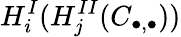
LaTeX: H_{i}^{I}(H_{j}^{II}(C_{\bullet,\bullet}))